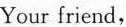
Your friend，